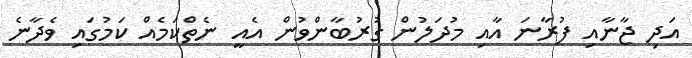
އަދި ޖާނާއި ފުރާނަ އާއި މުދަލުން ގުރުބާންވުން އެއީ ނެތްކަމެއް ކަމުގައި ވެދާނެ